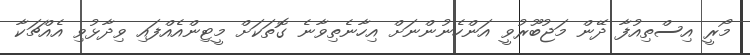
މޯރީ އިސްތިއުފާ ދޭން މަޖުބޫރުވީ އަންހެނުންނަށް އިހާނެތިވާނެ ގޮތަކަށް މީޓިންއެއްފައި ވިދާޅުވި އެއްޗަކާ